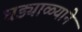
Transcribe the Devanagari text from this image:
घड्याळ्याने